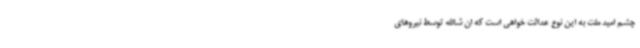
چشم امید ملت به این نوع عدالت خواهی است که ان شاالله توسط نیروهای